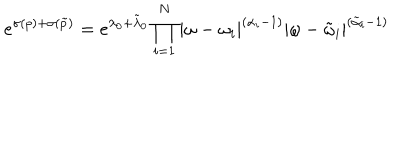
e ^ { \sigma ( p ) + \sigma ( \tilde { p } ) } = e ^ { \lambda _ { 0 } + \tilde { \lambda } _ { 0 } } \prod _ { i = 1 } ^ { N } | \omega - \omega _ { i } | ^ { ( \alpha _ { i } - 1 ) } | \omega - \tilde { \omega } _ { i } | ^ { ( \tilde { \alpha } _ { i } - 1 ) }